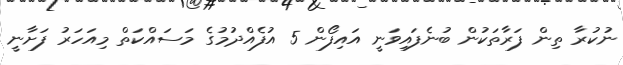
ނުކުރާ ތިން ފަރާތަކުން ބުނެފައިވަނީ އައިފޯން 5 އުފެއްދުމުގެ މަސައްކަތް މިއަހަރު ފަށާނީ